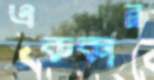
এককান